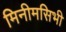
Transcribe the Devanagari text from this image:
मिनीमसिभी